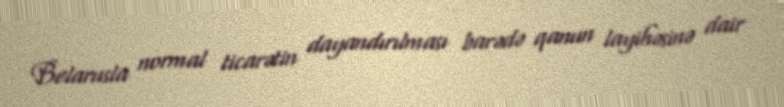
Belarusla normal ticarətin dayandırılması barədə qanun layihəsinə dair